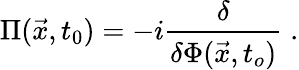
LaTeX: \Pi(\vec{x},t_{0})=-i\frac{\delta}{\delta\Phi(\vec{x},t_{o})}\; .